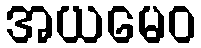
အယမေဝ